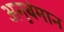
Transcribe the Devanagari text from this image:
अनुबंमान